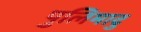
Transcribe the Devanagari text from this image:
पुलिमादु